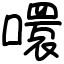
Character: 噮